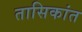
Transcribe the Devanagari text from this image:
तासिकांत